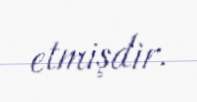
etmişdir.